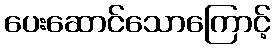
ပေးဆောင်သောကြောင့်